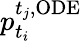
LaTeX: p_{t_{i}}^{t_{j},\mathrm{ODE}}